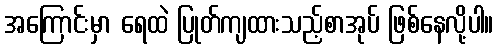
အကြောင်းမှာ ရေထဲ ပြုတ်ကျထားသည့်စာအုပ် ဖြစ်နေလို့ပါ။